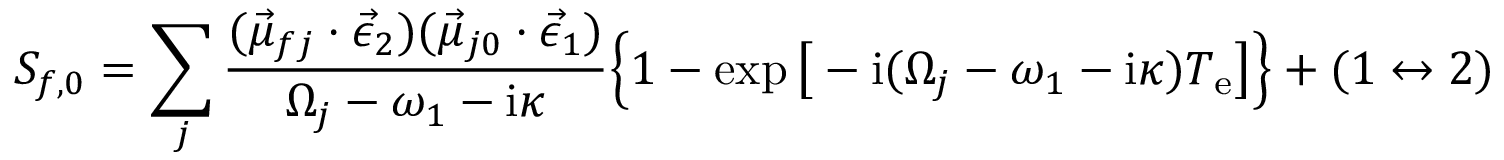
S _ { f , 0 } = \sum _ { j } \frac { ( \vec { \mu } _ { f j } \cdot \vec { \epsilon } _ { 2 } ) ( \vec { \mu } _ { j 0 } \cdot \vec { \epsilon } _ { 1 } ) } { \Omega _ { j } - \omega _ { 1 } - \mathrm { i } \kappa } \Big \{ 1 - \exp \big [ - \mathrm { i } ( \Omega _ { j } - \omega _ { 1 } - \mathrm { i } \kappa ) T _ { \mathrm { e } } \big ] \Big \} + ( 1 \leftrightarrow 2 )